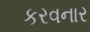
કરવનાર